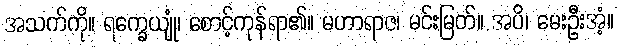
အသက်ကို။ ရက္ခေယျုံ၊ စောင့်ကုန်ရာ၏။ မဟာရာဇ၊ မင်းမြတ်။ အပိ၊ မေးဦးအံ့။